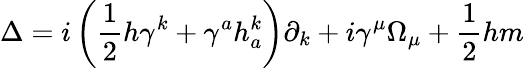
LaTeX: \Delta=i\left(\frac 12h\gamma^{k}+\gamma^{a}h_{a}^{k}\right)\partial_{k}+i\gamma^{\mu}\Omega_{\mu}+\frac 12hm